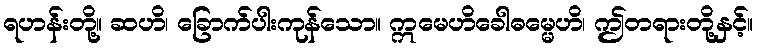
ရဟန်းတို့။ ဆဟိ၊ ခြောက်ပါးကုန်သော။ ဣမေဟိခေါဓမ္မေဟိ၊ ဤတရားတို့နှင့်။